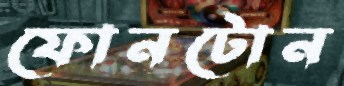
ফোনটোন